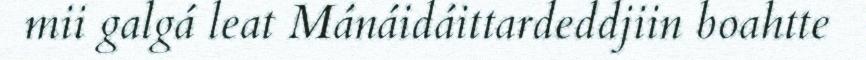
mii galgá leat Mánáidáittardeddjiin boahtte